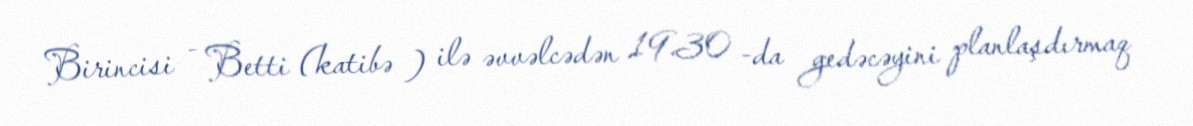
Birincisi - Betti (katibə ) ilə əvvəlcədən 19.30 -da gedəcəyini planlaşdırmaq